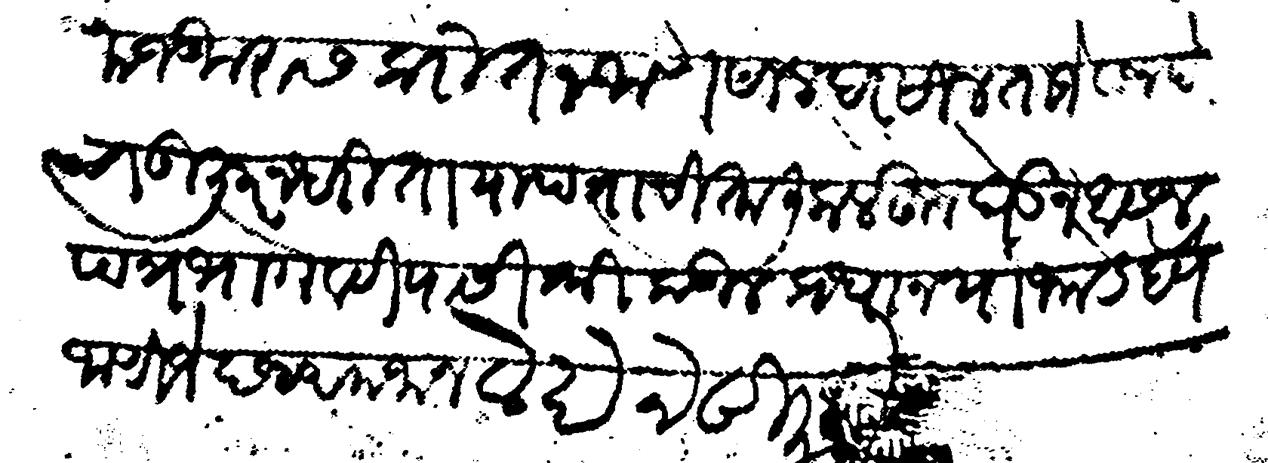
Transliteration (Devanagari): मजकुरास करीत न जाणे साल दरसाल ताजे सनदेंचा हुजुर न घरीता या पत्राची तालीक लेहून घेऊन असल पत्र भोगवटीयासी श्री कडील प्रधान यांजकडे देणे जाणीजे छ २० रमजान लेखन सीमा